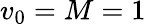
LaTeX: v_{0}=M=1